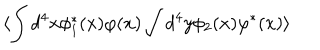
\langle \int d ^ { 4 } x \phi _ { 1 } ^ { * } ( x ) \varphi ( x ) \int d ^ { 4 } y \phi _ { 2 } ( x ) \varphi ^ { * } ( x ) \rangle